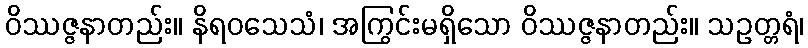
ဝိဿဇ္ဇနာတည်း။ နိရဝသေသံ၊ အကြွင်းမရှိသော ဝိဿဇ္ဇနာတည်း။ သဥတ္တရံ၊